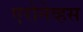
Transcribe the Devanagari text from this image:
एरोनेव्हस